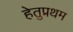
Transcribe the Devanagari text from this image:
हेतुप्रथम